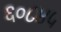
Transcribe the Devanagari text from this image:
६०८४५